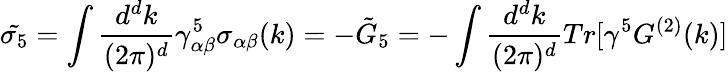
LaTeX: \tilde{\sigma_{5}}=\int{\frac{d^{d}k}{(2\pi)^{d}}}\gamma_{\alpha\beta}^{5}\sigma_{\alpha\beta}(k)=-\tilde{G}_{5}=-\int{\frac{d^{d}k}{(2\pi)^{d}}}Tr[\gamma^{5}G^{(2)}(k)]